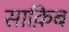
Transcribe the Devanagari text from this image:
साक़िब